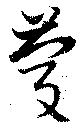
慶